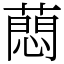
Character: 蕄